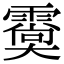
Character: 𩅌